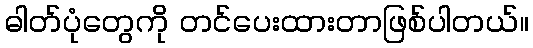
ဓါတ်ပုံတွေကို တင်ပေးထားတာဖြစ်ပါတယ်။